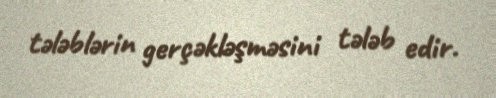
tələblərin gerçəkləşməsini tələb edir.